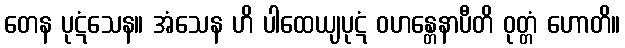
တေန ပုဋံသေန။ အံသေန ဟိ ပါထေယျပုဋံ ဝဟန္တေနာပီတိ ဝုတ္တံ ဟောတိ။